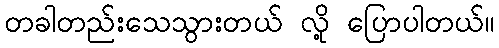
တခါတည်းသေသွားတယ် လို့ ပြောပါတယ်။